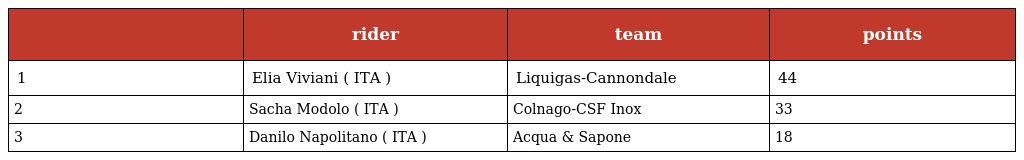
|  | rider | team | points |
 | --- | --- | --- | --- |
 | 1 | Elia Viviani ( ITA ) | Liquigas-Cannondale | 44 |
 | 2 | Sacha Modolo ( ITA ) | Colnago-CSF Inox | 33 |
 | 3 | Danilo Napolitano ( ITA ) | Acqua & Sapone | 18 |